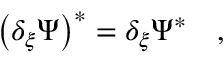
\left( \delta _ { \xi } \Psi \right) ^ { * } = \delta _ { \xi } \Psi ^ { * } \quad ,